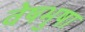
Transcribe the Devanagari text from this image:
वेषभुषा